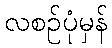
လစဉ်ပုံမှန်